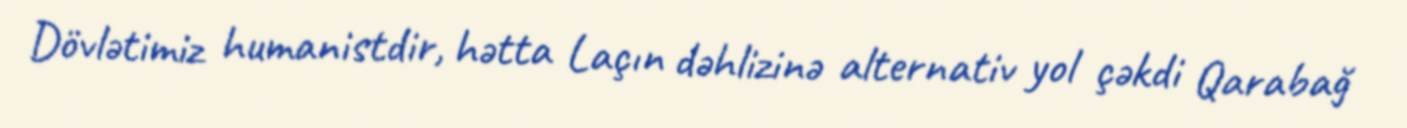
Dövlətimiz humanistdir, hətta Laçın dəhlizinə alternativ yol çəkdi Qarabağ